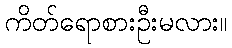
ကိတ်ရောစားဦးမလား။